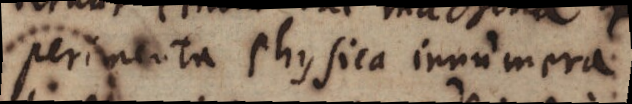
perimenta physica innumera